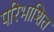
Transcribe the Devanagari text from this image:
परिभाशित